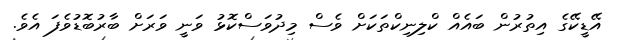
އޭޑީކޭގެ އިތުރުން ބައެއް ކްލިނިކްތަކަށް ވެސް މިދުވަސްކޮޅު ވަނީ ވަރަށް ބާރުބޮޑުވެފަ އެވެ.